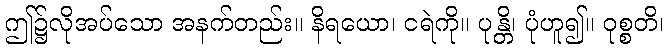
ဤ၌လိုအပ်သော အနက်တည်း။ နိရယော၊ ငရဲကို။ ပုန္တိ၊ ပုံဟူ၍။ ဝုစ္စတိ၊